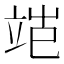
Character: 𬔝